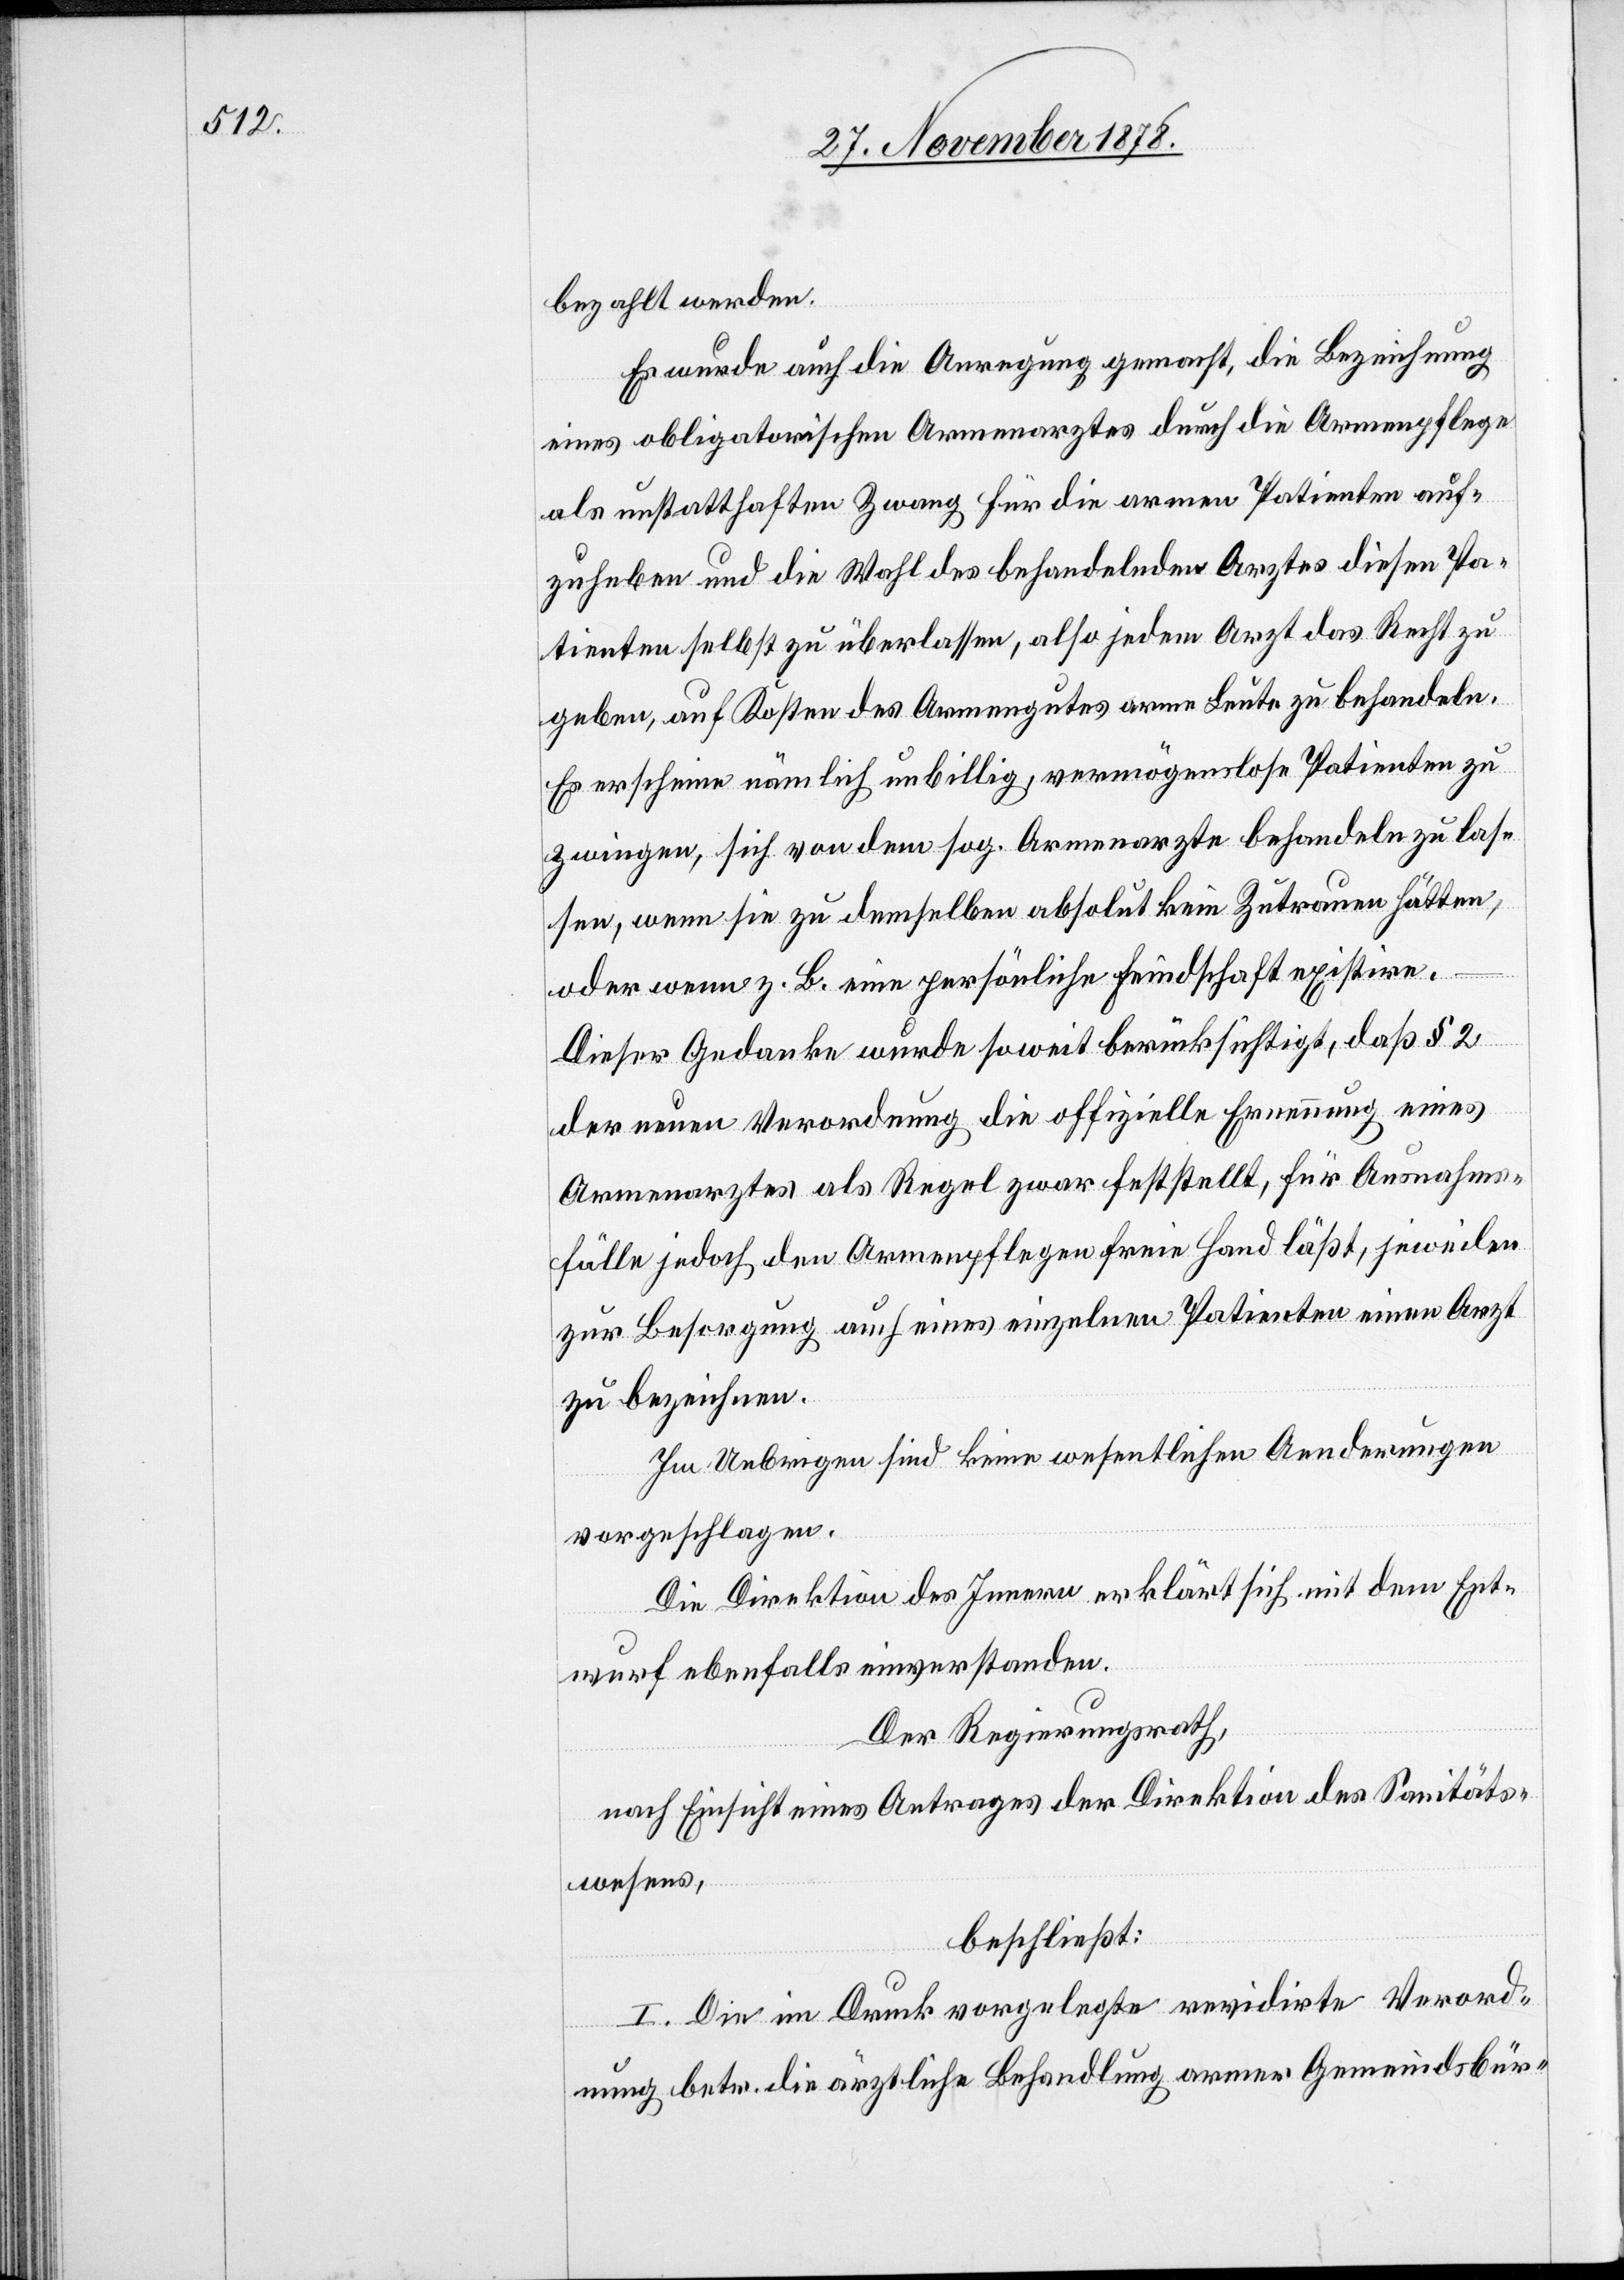
bezahlt werden.
Es wurde auch die Anregung gemacht, die Bezeichnung
eines obligatorischen Armenarztes durch die Armenpflege
als unstatthaften Zwang für die armen Patienten auf¬
zuheben und die Wahl des behandelnden Arztes diesen Pa¬
tienten selbst zu überlassen, also jedem Arzt das Recht zu
geben, auf Kosten des Armengutes arme Leute zu behandeln.
Es erscheine nämlich unbillig, vermögenslose Patienten zu
zwingen, sich von dem sog. Armenarzte behandeln zu las¬
sen, wenn sie zu demselben absolut kein Zutrauen hätten,
oder wenn z. B. eine persönliche Feindschaft existire.
Dieser Gedanke wurde soweit berücksichtigt, daß § 2
der neuen Verordnung die offizielle Ernennung eines
Armenarztes als Regel zwar feststellt, für Ausnahms¬
fälle jedoch den Armenpflegen freie Hand läßt, jeweilen
zur Besorgung auch eines einzelnen Patienten einen Arzt
zu bezeichnen.
Im Uebrigen sind keine wesentlichen Aenderungen
vorgeschlagen.
Die Direktion des Innern erklärt sich mit dem Ent¬
wurf ebenfalls einverstanden.
Der Regierungsrath,
nach Einsicht eines Antrages der Direktion des Sanitäts¬
wesens,
beschließt:
I. Die im Druck vorgelegte revidirte Verord¬
nung betr. die ärztliche Behandlung armer Gemeindsbür-